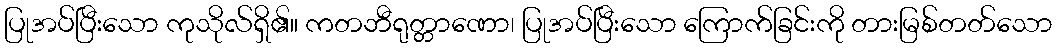
ပြုအပ်ပြီးသော ကုသိုလ်ရှိ၏။ ကတဘီရုတ္တာဏော၊ ပြုအပ်ပြီးသော ကြောက်ခြင်းကို တားမြစ်တတ်သော